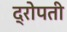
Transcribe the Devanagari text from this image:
द्रोपती